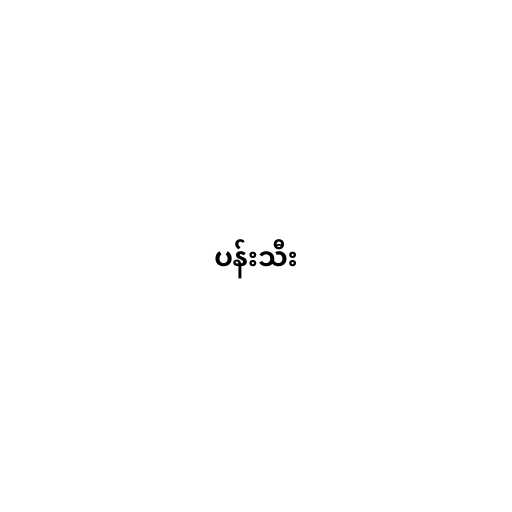
ပန်းသီး